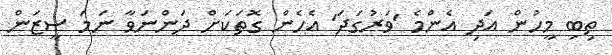
ތިބި މީހުން އަދި އެންމެ 'ވަރުގަދަ' އެހެން ގޮތަކަށް ދަންނަވާ ނަމަ ސީޒަން